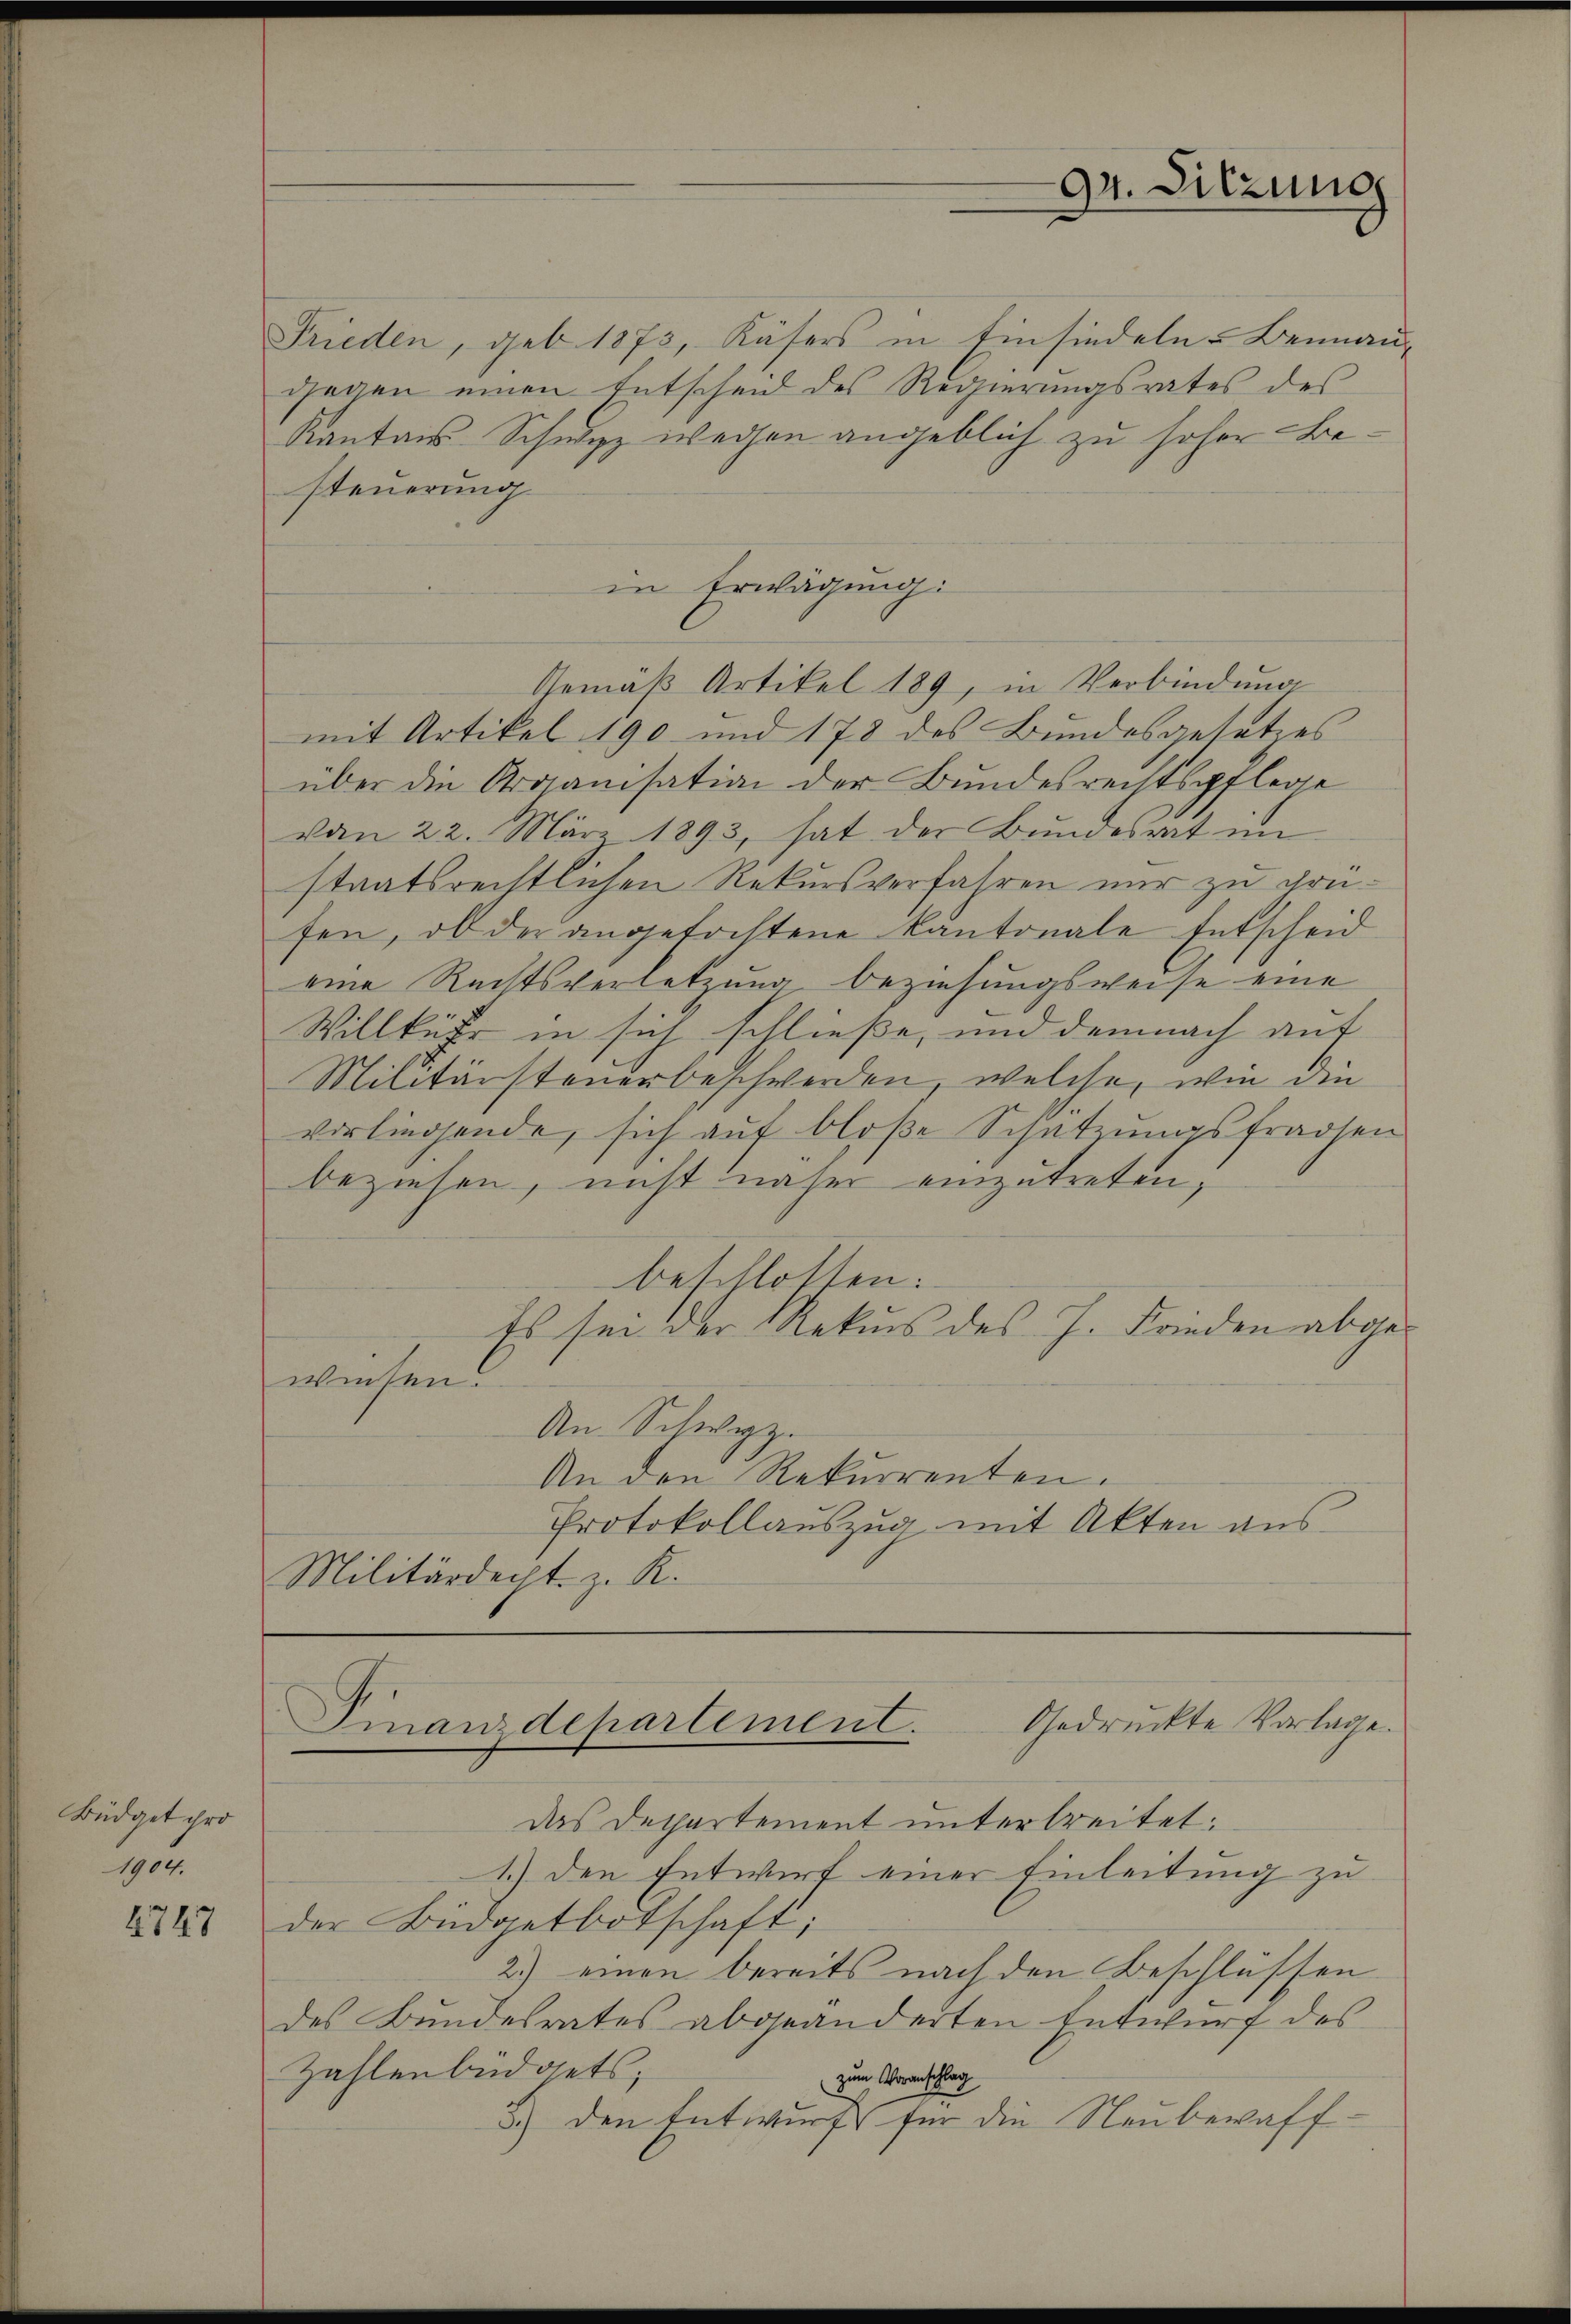
Büdget ihro
1904.

2747

94. Sitzung

Frieden, geb. 1873, Käsers in Einsiedeln-Beinan
gegen einen Entscheid des Regierungsrates des
Kantons-Schwyz wegen angeblich zu hoher Besteuerung
in Erwägung:
Gemäβ Artikel 189, in Verbindŭng
mit Artikel 190 und 178 des Bundesgesetzes
über die Organisation der Bundesrechtspflege
vom 22. März 1893, hat der Bundesrat im
staatsrechtlichen Rekursverfahren nur zu grüfen, ob der angetochtene Kantonale Entscheid
eine Rechtsverletzung beziehungsweise eine
Willkühr in sich schließe, und demnach auf
Militärsteuerbeschwerden, welche, wie den
vorliegende, sich auf bloße Schatzungsfragten
beziehen, nicht näher einzutreten,
beschlossen:
Es sei der Rekurs des J. Frieden abgewieten.
An Schwyz.
An den Rekurrenten.
Protokollauszug mit Akten aus
Militärdecht z. R.

Das Departement unterbreitet:
1.) den Entwurf einer Einleitung zu
der Büdgetbotschaft;
2.) einen bereits nach den Beschlüssen
des Bundesrates abgeänderten Entwurf des
Zahlenbüdgets,
zum Voranschlag
3.) den Entwurf für die Neubewaff¬

Gedruckte Vorlage.
Finanzdepartement.